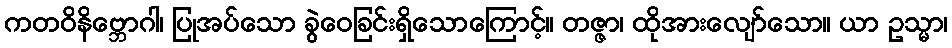
ကတဝိနိဗ္ဘောဂါ၊ ပြုအပ်သော ခွဲဝေခြင်းရှိသောကြောင့်။ တဇ္ဇာ၊ ထိုအားလျော်သော။ ယာ ဥသ္မာ၊